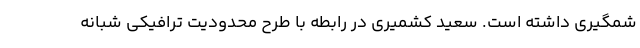
شمگیری داشته است. سعید کشمیری در رابطه با طرح محدودیت ترافیکی شبانه